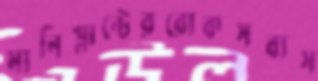
মানিপ্লান্টেররোকসব্যস